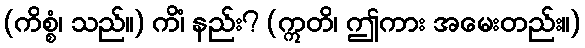
(ကိစ္စံ၊ သည်။) ကိံ၊ နည်း? (ဣတိ၊ ဤကား အမေးတည်း။)